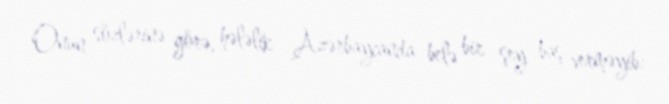
Onun sözlərinə görə, hələlik Azərbaycanda belə bir şey baş verməyib: